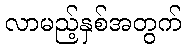
လာမည့်နှစ်အတွက်